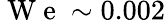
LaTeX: \mathrm{~W~e~}\sim 0.002